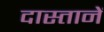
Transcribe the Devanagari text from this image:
दास्तानें